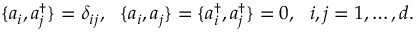
\{ a _ { i } , a _ { j } ^ { \dagger } \} = \delta _ { i j } , ~ ~ \{ a _ { i } , a _ { j } \} = \{ a _ { i } ^ { \dagger } , a _ { j } ^ { \dagger } \} = 0 , ~ ~ i , j = 1 , \ldots , d .